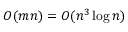
O ( m n ) = O ( n ^ { 3 } \log n )